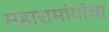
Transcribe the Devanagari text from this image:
महारामांगांचा